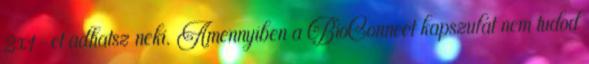
2x1-et adhatsz neki. Amennyiben a BioConnect kapszulát nem tudod